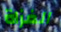
الغزاة